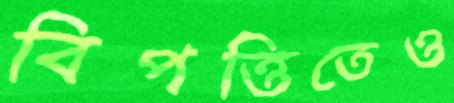
বিপত্তিতেও